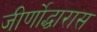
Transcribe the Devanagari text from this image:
जीर्णोद्धारास